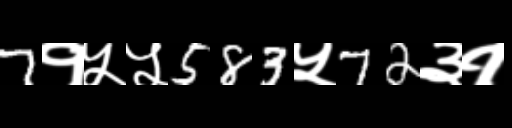
Text: 7१५५583५72३१